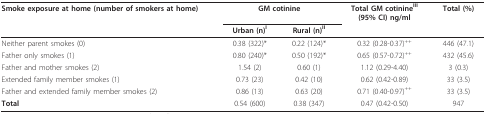
<table><thead><tr><td><b>Smoke exposure at home (number of smokers at home)</b></td><td colspan="2"><b>GM cotinine</b></td><td><b>Total GM cotinine<sup>III</sup>(95% CI) ng/ml</b></td><td><b>Total (%)</b></td></tr><tr><td></td><td><b>Urban (n)<sup>I</sup></b></td><td><b>Rural (n)<sup>II</sup></b></td><td></td><td></td></tr></thead><tbody><tr><td>Neither parent smokes (0)</td><td>0.38 (322)*</td><td>0.22 (124)*</td><td>0.32 (0.28-0.37)<sup>++</sup></td><td>446 (47.1)</td></tr><tr><td>Father only smokes (1)</td><td>0.80 (240)*</td><td>0.50 (192)*</td><td>0.65 (0.57-0.72)<sup>++</sup></td><td>432 (45.6)</td></tr><tr><td>Father and mother smokes (2)</td><td>1.54 (2)</td><td>0.60 (1)</td><td>1.12 (0.29-4.40)</td><td>3 (0.3)</td></tr><tr><td>Extended family member smokes (1)</td><td>0.73 (23)</td><td>0.42 (10)</td><td>0.62 (0.42-0.89)</td><td>33 (3.5)</td></tr><tr><td>Father and extended family member smokes (2)</td><td>0.86 (13)</td><td>0.63 (20)</td><td>0.71 (0.40-0.97)<sup>++</sup></td><td>33 (3.5)</td></tr><tr><td><b>Total</b></td><td>0.54 (600)</td><td>0.38 (347)</td><td>0.47 (0.42-0.50)</td><td>947</td></tr></tbody></table>